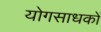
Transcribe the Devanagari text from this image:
योगसाधकों